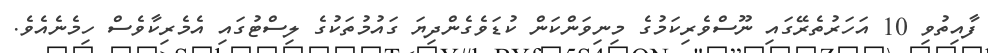
ފާއިތުވި 10 އަހަރުތެރޭގައި ނޫސްވެރިކަމުގެ މިނިވަންކަން ކުޑަވެގެންދިޔަ ގައުމުތަކުގެ ލިސްޓުގައި އެމެރިކާވެސް ހިމެނެއެވެ.